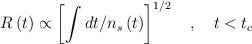
LaTeX: \begin{align*}R\left( t\right) \propto \left[ \int dt/n_{s}\left( t\right) \right]^{1/2}\quad ,\quad t<t_{c} \end{align*}